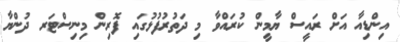
އިންޑިއާ އަށް ރައީސް ޔާމީން ކުރައްވާ މި ދަތުރުފުޅުގައި ފޮރިން މިނިސްޓަރ ދުންޔާ